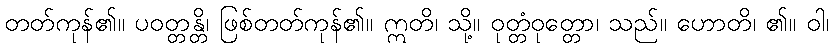
တတ်ကုန်၏။ ပဝတ္တန္တိ၊ ဖြစ်တတ်ကုန်၏။ ဣတိ၊ သို့။ ဝုတ္တံဝုတ္တော၊ သည်။ ဟောတိ၊ ၏။ ဝါ၊